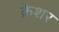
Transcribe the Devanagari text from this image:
क्रेशर